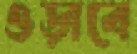
ওড়াবে